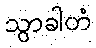
သွာခါတံ